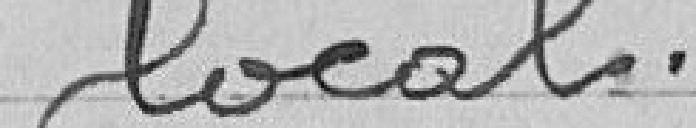
local.